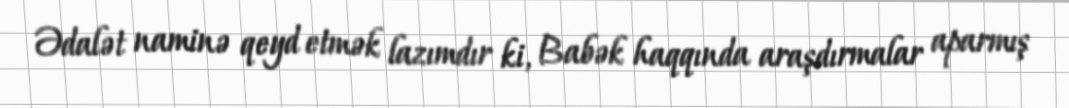
Ədalət naminə qeyd etmək lazımdır ki, Babək haqqında araşdırmalar aparmış